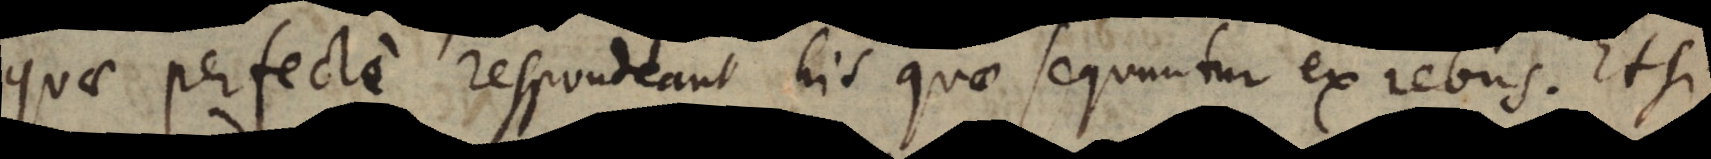
quae perfecte respondeant his quae sequuntur ex rebus. Etsi